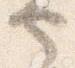
也